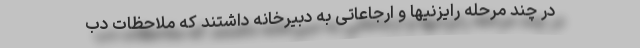
در چند مرحله رایزنیها و ارجاعاتی به دبیرخانه داشتند که ملاحظات دب